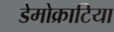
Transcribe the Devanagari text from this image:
डेमोक्राटिया